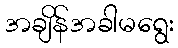
အချိန်အခါမရွေး